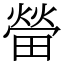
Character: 㽦